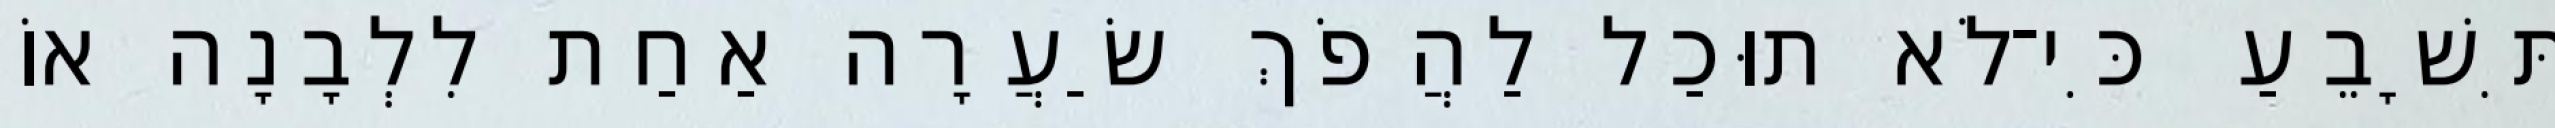
תִּשָׁבֵעַ כִּי־לֹא תוּכַל לַהֲפֹךְ שַׂעֲרָה אַחַת לִלְבָנָה אוֹ